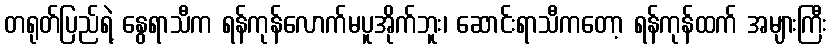
တရုတ်ပြည်ရဲ့ နွေရာသီက ရန်ကုန်လောက်မပူအိုက်ဘူး၊ ဆောင်းရာသီကတော့ ရန်ကုန်ထက် အများကြီး